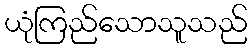
ယုံကြည်သောသူသည်